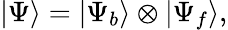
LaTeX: |\Psi\rangle=|\Psi_{b}\rangle\otimes|\Psi_{f}\rangle,